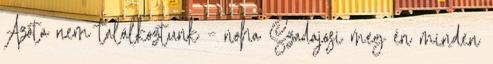
Azóta nem találkoztunk – noha Szadajosi meg én minden